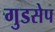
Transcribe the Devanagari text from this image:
गुडसेप